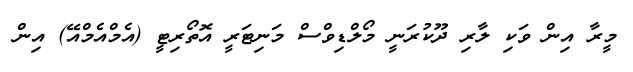
މީރާ އިން ވަކި ލާރި ދޫކުރަނީ މޯލްޑިވްސް މަނިޓަރީ އޮތޯރިޓީ (އެމްއެމްއޭ) އިން